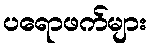
ပရောဖက်များ